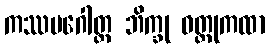
ကဿပဂေါတ္တ ဘိက္ခု ဝတ္ထုကထာ